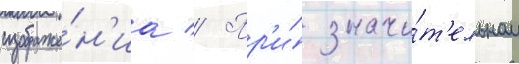
изображе́н'иа // Пр'и́ значи́т'ельном